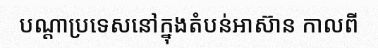
បណ្តាប្រទេសនៅក្នុងតំបន់អាស៊ាន កាលពី